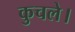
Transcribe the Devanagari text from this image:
कुचले।